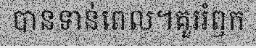
បានទាន់ពេល។គួររំឭក